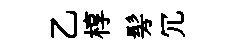
乙椁髣冗